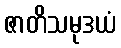
ဇာတိသမုဒယံ